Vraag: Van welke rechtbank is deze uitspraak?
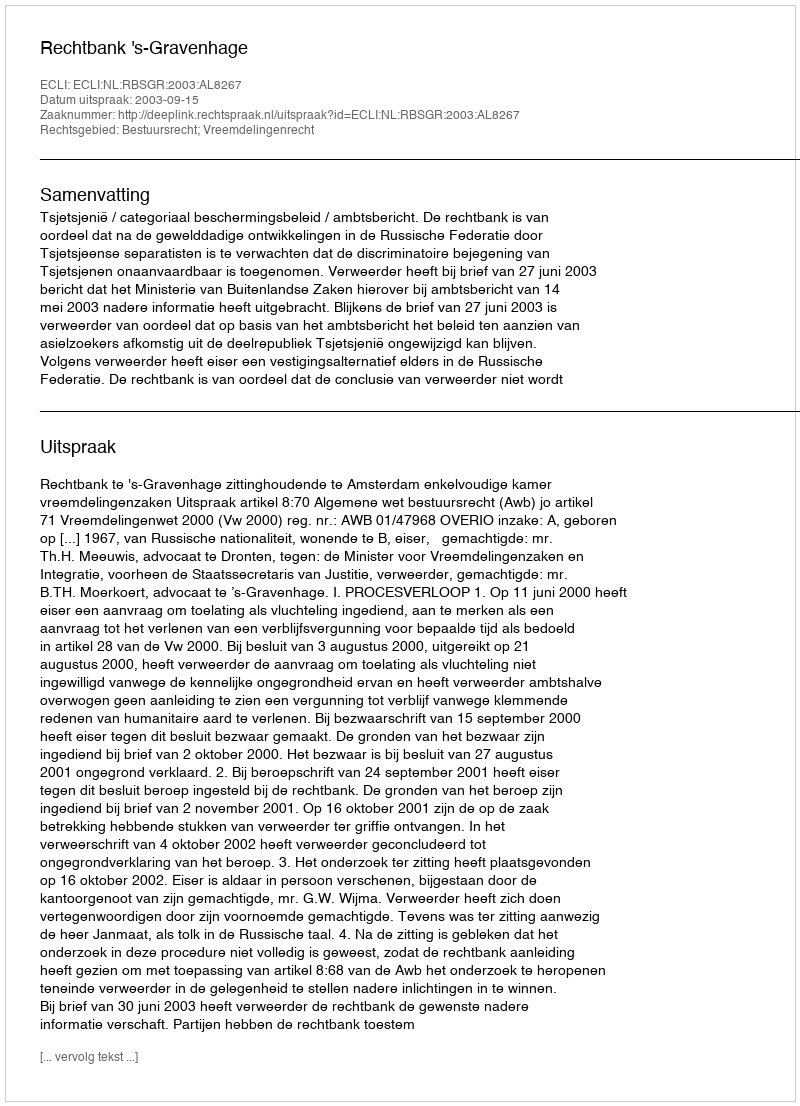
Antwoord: Rechtbank 's-Gravenhage